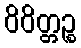
ဝိဝိတ္တဉ္စ